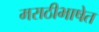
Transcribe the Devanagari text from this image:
मराठीभाषेत